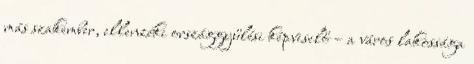
más szakember, ellenzéki országgyűlési képviselő – a város lakossága